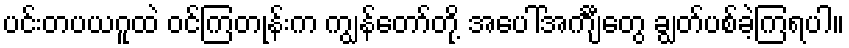
ပင်းတပယဂူထဲ ဝင်ကြတုန်းက ကျွန်တော်တို့ အပေါ်အင်္ကျီတွေ ချွတ်ပစ်ခဲ့ကြရပါ။